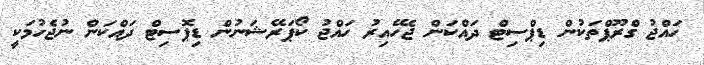
ހައްޖު ގްރޫޕްތަކުން ޑިޕްސިޓް ދައްކަން ޖެހޭއިރު ހައްޖު ކޯޕަރޭޝަނުން ޑިޕޮސިޓް ދައްކަން ނުޖެހުމަކީ